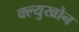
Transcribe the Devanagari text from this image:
क्ल्युखोन